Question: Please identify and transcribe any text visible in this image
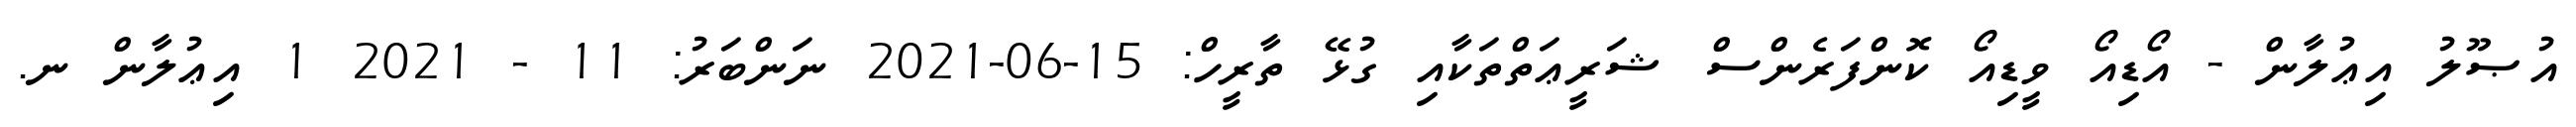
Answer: އުޞޫލު އިޢުލާން - އޯޑިއޯ ވީޑިއޯ ކޮންފަރެންސް ޝަރީޢަތްތަކާއި ގުޅޭ ތާރީހް: 15-06-2021 ނަންބަރު: 11 - 2021 1 އިޢުލާން ނ.